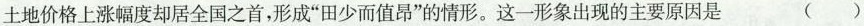
土地价格上涨幅度却居全国之首，形成”田少而值昂”的情形。这一形象出现的主要原因是 ( )